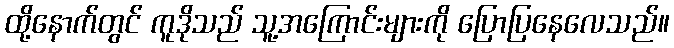
ထို့နောက်တွင် ကူဒိုသည် သူ့အကြောင်းများကို ပြောပြနေလေသည်။